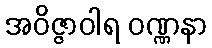
အဝိဇ္ဇာဝါရ ဝဏ္ဏနာ